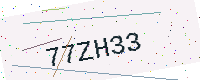
Text: 77ZH33